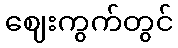
ဈေးကွက်တွင်